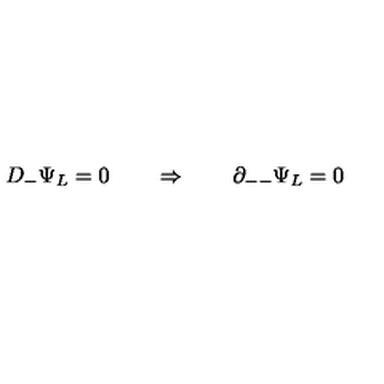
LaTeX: D _ { - } \Psi _ { L } = 0 \qquad \Rightarrow \qquad \partial _ { -- } \Psi _ { L } = 0